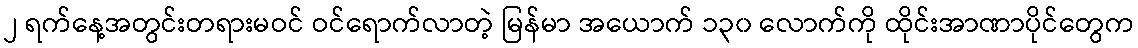
၂ ရက်နေ့အတွင်းတရားမဝင် ဝင်ရောက်လာတဲ့ မြန်မာ အယောက် ၁၃၀ လောက်ကို ထိုင်းအာဏာပိုင်တွေက